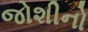
જોશીનો